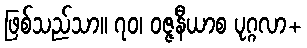
ဖြစ်သည်သာ။ ၇၀၊ ဝဇ္ဇနီယာစ ပုဂ္ဂလာ+